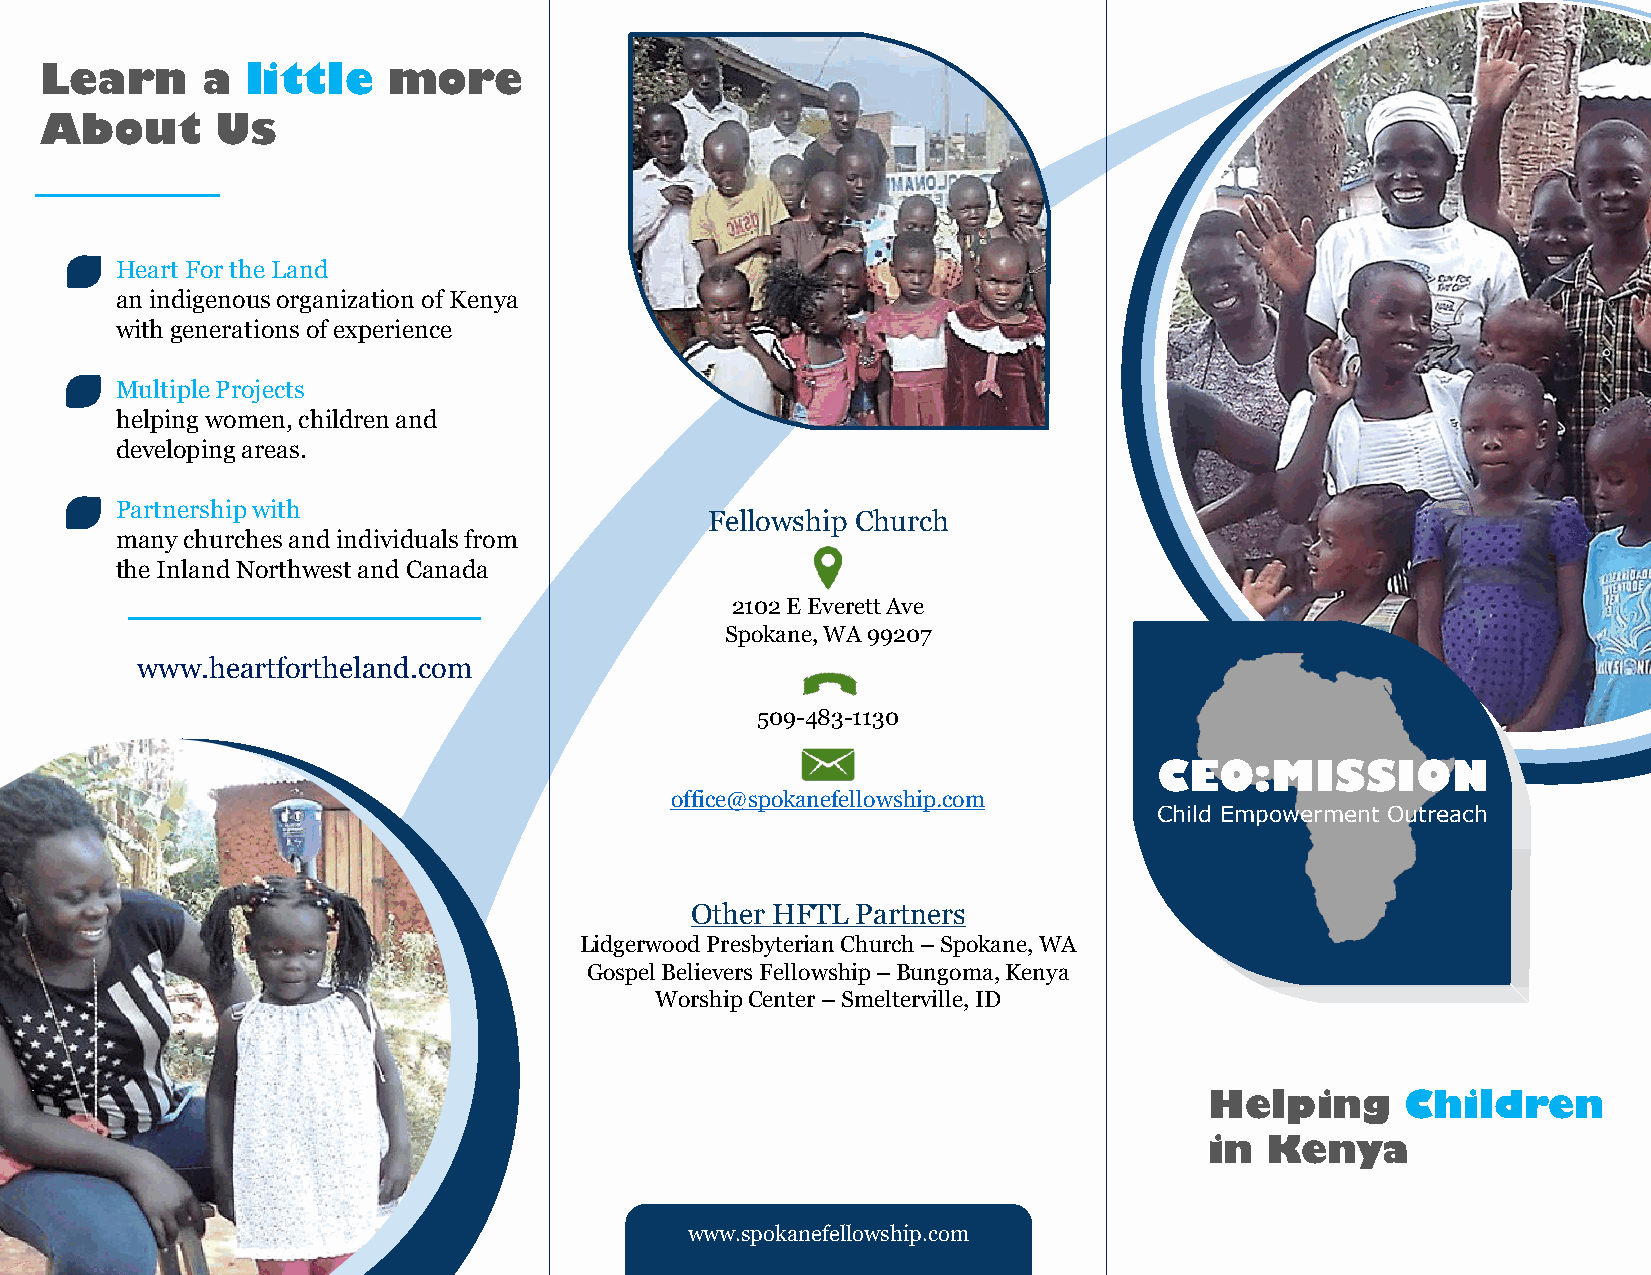
Learn     a  little    more
 About      Us
 Heart For the Land
 an indigenous organization of Kenya
 with generations of experience
 Multiple Projects
 helping women, children and
 developing areas.
 Partnership with
 Fellowship Church
 manychurches and individuals from
 the Inland Northwest and Canada
 2102 E Everett Ave
 Spokane, WA 99207
 www.heartfortheland.com
 509-483-1130
 CEO:MISSION
 office@spokanefellowship.com
 Child Empowerment Outreach
 Other HFTL Partners
 Lidgerwood Presbyterian Church –Spokane, WA
 Gospel Believers Fellowship –Bungoma, Kenya
 WorshipCenter –Smelterville, ID
 Helping      Children
 in  Kenya
 www.spokanefellowship.com